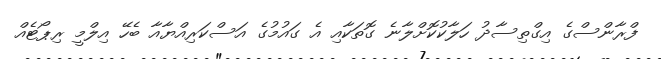
ފްރާންސްގެ އިގްތިސާދު ހަލާކުކޮށްލާނެ ގޮތަކާއި އެ ގައުމުގެ އަސްކަރިއްޔާއާ ބެހޭ އިލްމީ ރިޕޯޓެއް